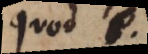
quod in